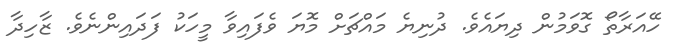
ހޭއަރާތޯ ގޮވަމުން ދިޔައެވެ. ދުނިޔެ މައްޗަށް މޮޔަ ވެފައިވާ މީހަކު ފަދައިންނެވެ. ޒާހިދާ